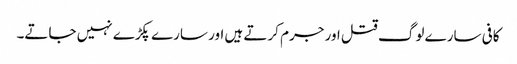
کافی سارے لوگ قتل اور جرم کرتے ہیں اور سارے پکڑے نہیں جاتے۔